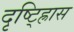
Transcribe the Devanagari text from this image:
दृष्ट्ह्रािस